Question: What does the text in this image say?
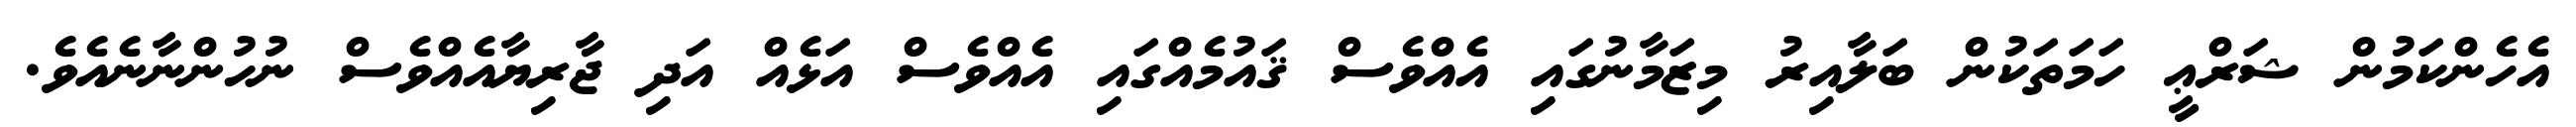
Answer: އެހެންކަމުން ޝަރްޢީ ހަމަތަކުން ބަލާއިރު މިޒަމާނުގައި އެއްވެސް ޤައުމެއްގައި އެއްވެސް އަޅެއް އަދި ޖާރިޔާއެއްވެސް ނުހުންނާނެއެވެ.